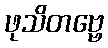
ဖုသိတဗ္ဗေ